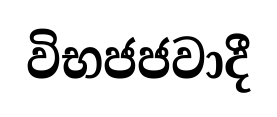
විභජජවාදී